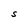
Character: S